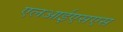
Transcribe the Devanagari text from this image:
एलआईएसएस